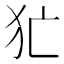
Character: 𤜪